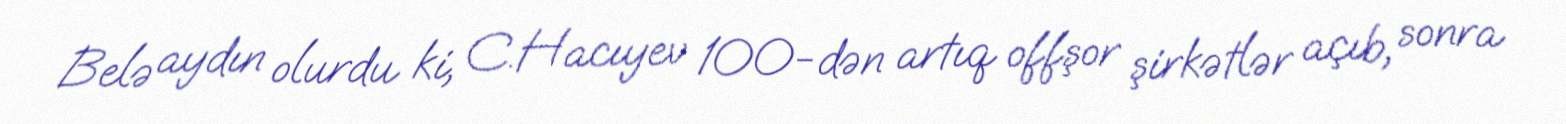
Belə aydın olurdu ki, C.Hacıyev 100-dən artıq offşor şirkətlər açıb, sonra